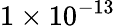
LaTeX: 1\times 10^{-13}